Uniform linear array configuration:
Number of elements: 64
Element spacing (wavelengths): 0.25
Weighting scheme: kaiser
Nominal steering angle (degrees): -45
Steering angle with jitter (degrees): -45.266
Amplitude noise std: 0.05
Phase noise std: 0.05

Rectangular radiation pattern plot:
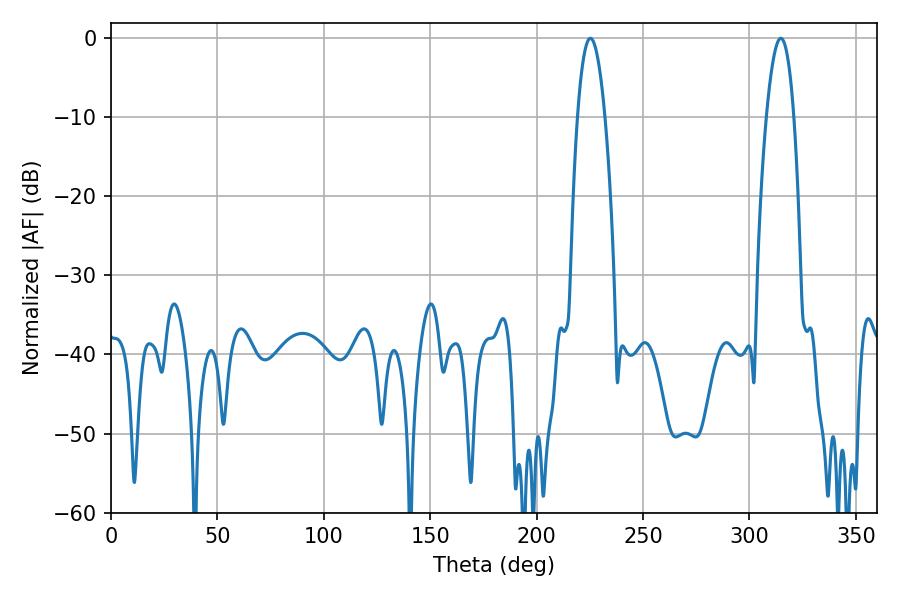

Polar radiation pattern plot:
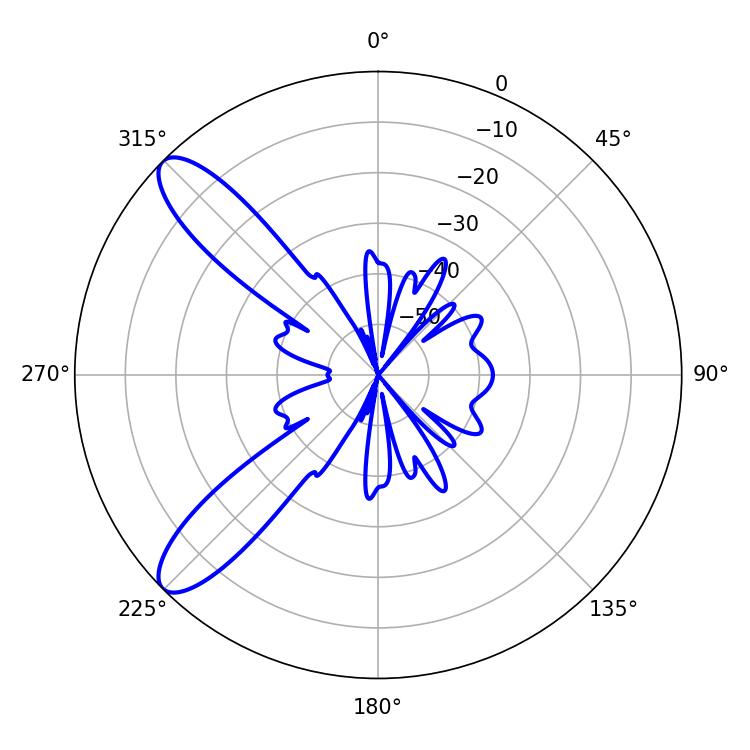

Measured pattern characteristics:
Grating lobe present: FALSE
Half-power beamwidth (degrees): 7.2
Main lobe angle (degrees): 225.18